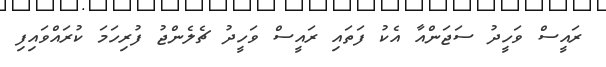
ރައީސް ވަހީދު ސަޖަންއާ އެކު ފަތައި ރައީސް ވަހީދު ޗެލެންޖު ފުރިހަމަ ކުރައްވައިފި